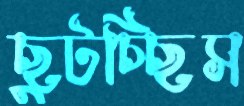
ছুটচ্ছিস